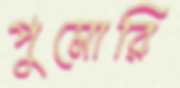
পুমোরি